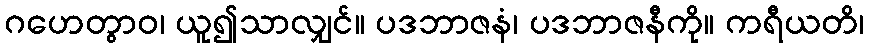
ဂဟေတွာဝ၊ ယူ၍သာလျှင်။ ပဒဘာဇနံ၊ ပဒဘာဇနီကို။ ကရီယတိ၊